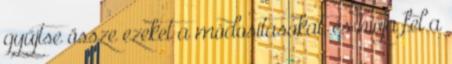
gyűjtse össze ezeket a módosításokat, és hívja fel a